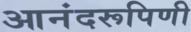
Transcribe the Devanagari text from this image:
आनंदरूपिणी